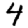
Digit: 4